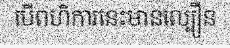
បើពហិការនេះមានល្បឿន